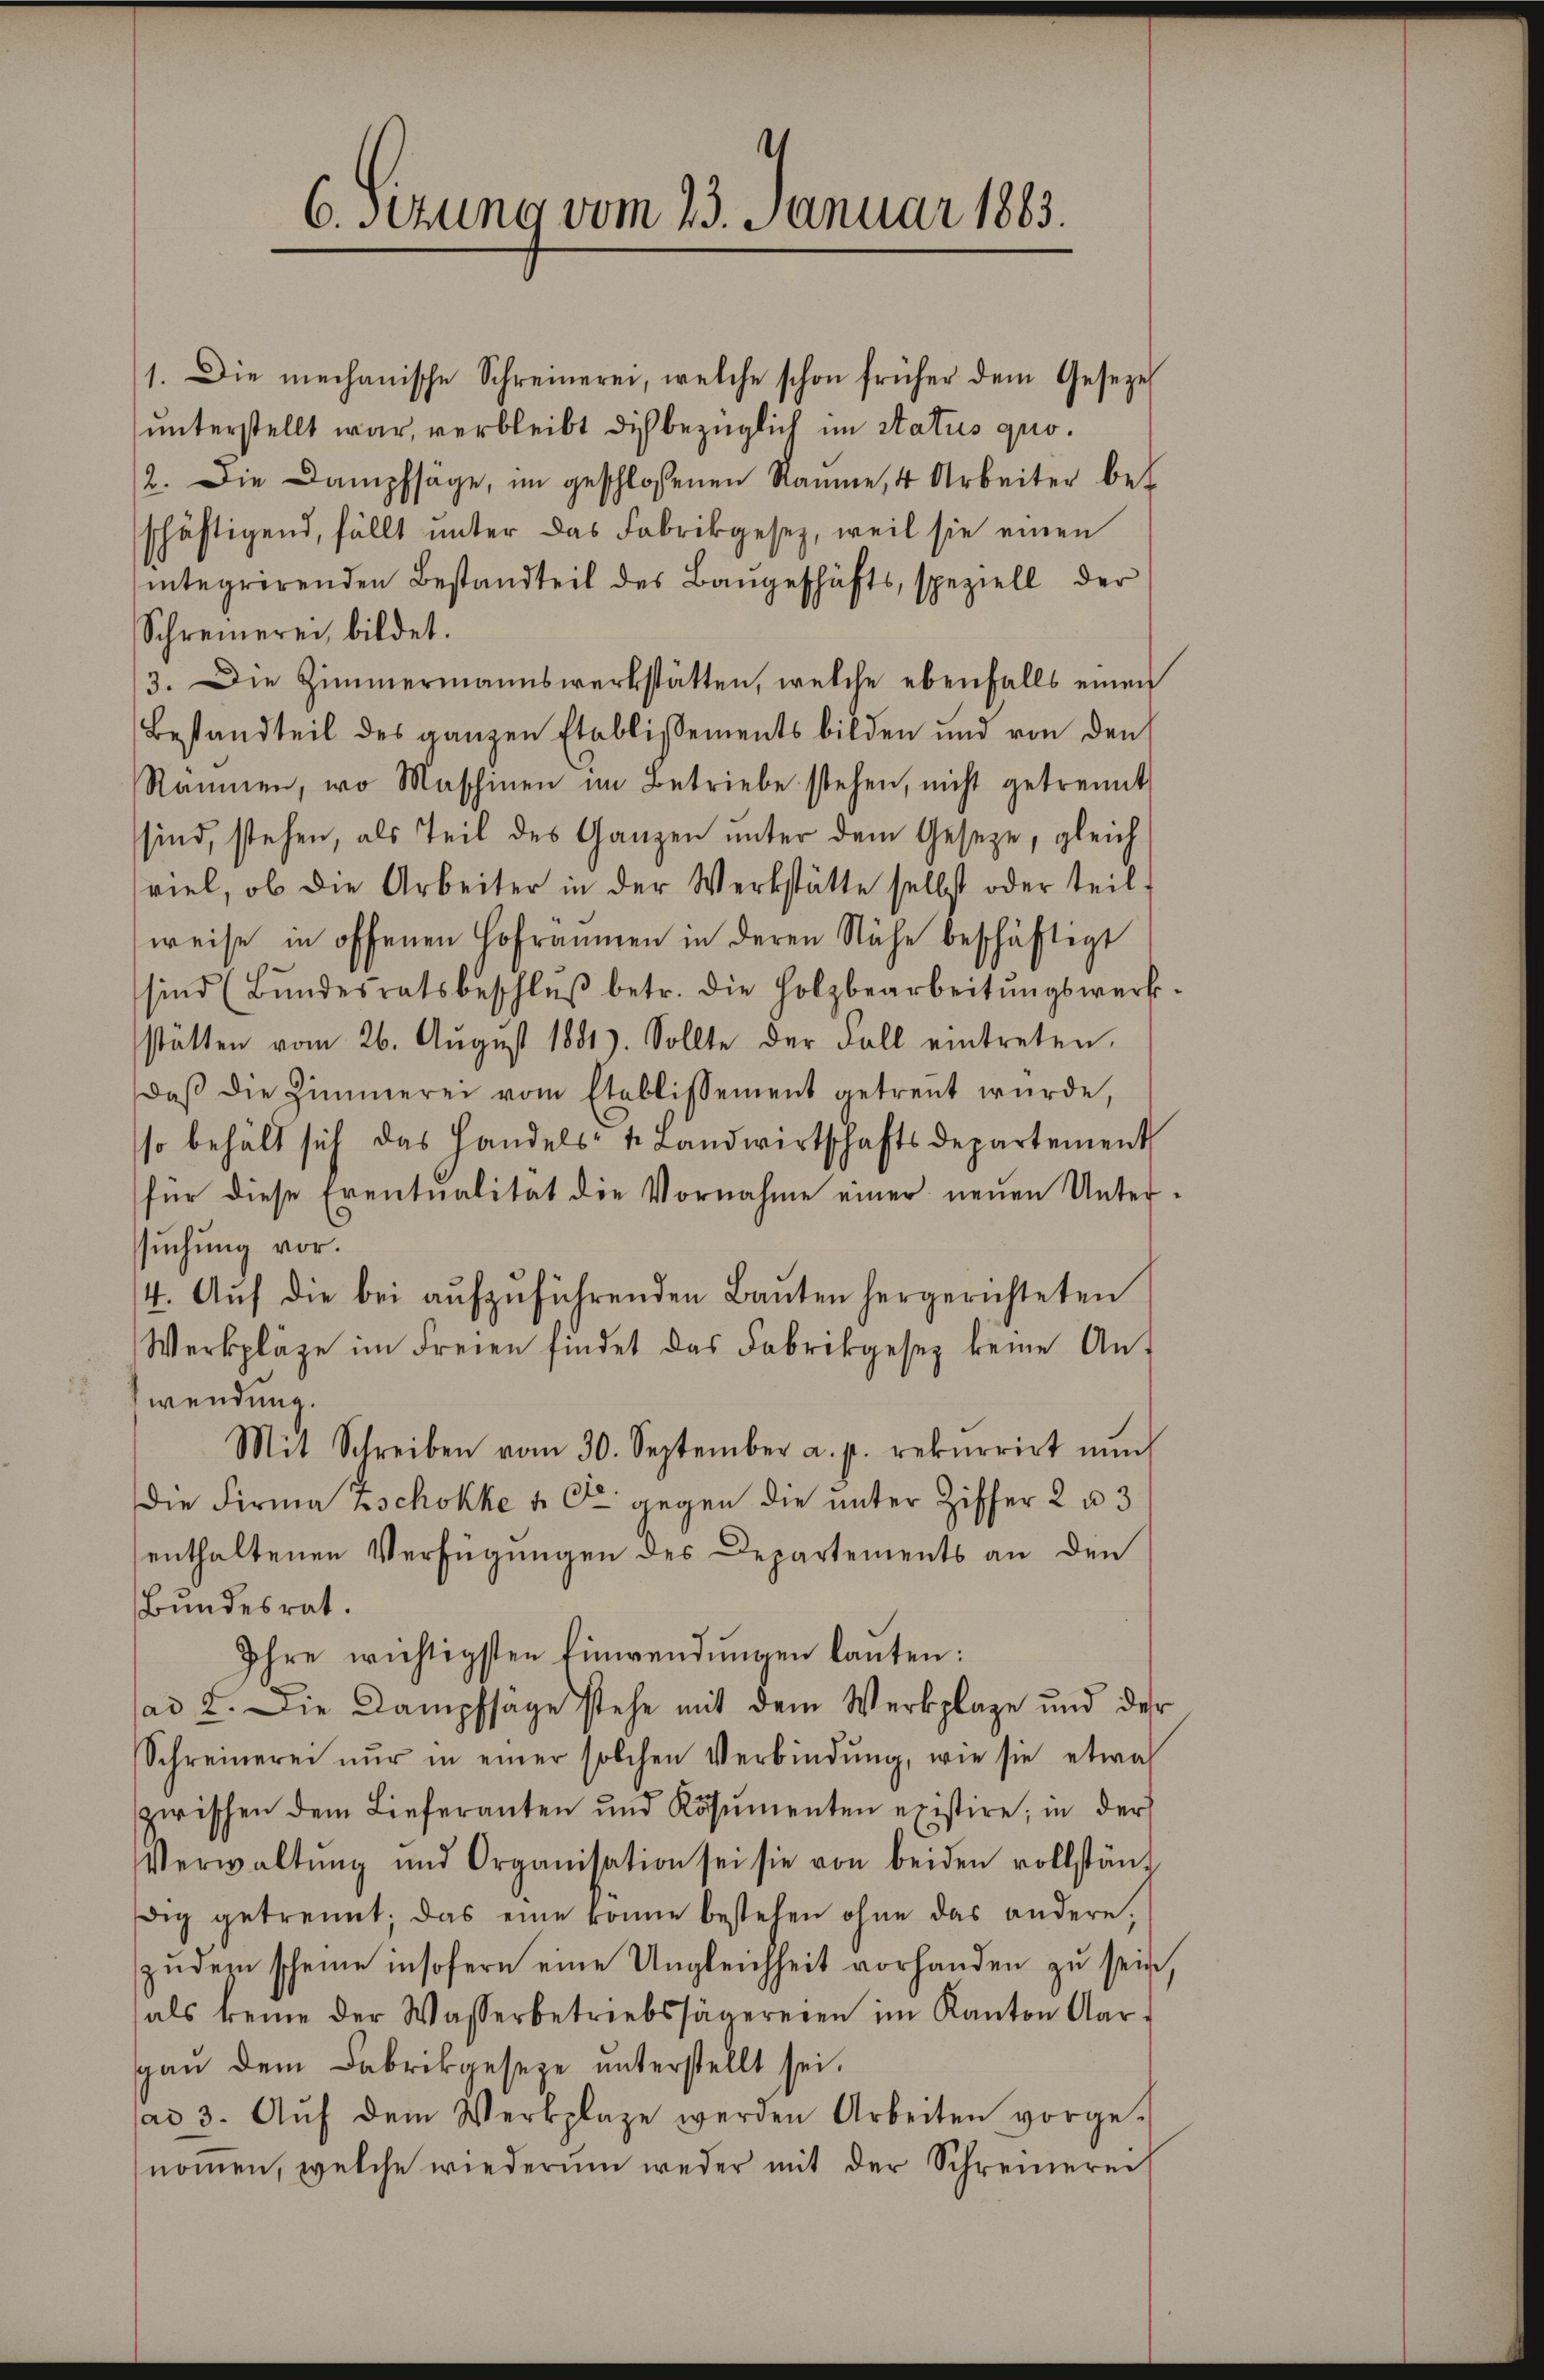
6. Setzung vom 23. Januar 1863.

1. Die mechanische Schreinerei, welche schon früher dem Geseze
unterstellt war, verbleibt dich bezüglich im Status quo¬
2. Die Dampfsäge, im geschlossenen Räume, 4 Arbeiter be-
schäftigend, fällt ŭnter das Fabrikgesetz, weil sie einen
integrirenden Bestandteil des Bangeschäfts, speziell der
Schreinerei, bildet.
3. Die Zimmermannswerkstätten, welche ebenfalls einen
Bestandteil des ganzen Etablissements bilden und von den
Räumen, wo Maschinen im Betriebe stehen, nicht getrennt
sind, stehen, als Teil des Ganzen unter dem Geseze, gleich
viel, ob die Arbeiter in der Werkstätte selbst oder teil.
weise in offenen Hofräumen in deren Nähe beschäftigt
sind (Bŭndesratsbeschlŭβ betr. die Holzbearbeitŭngswerk.
stätten vom 26. Aŭgust 1881). Sollte der Fall eintreten.
daβ die Zimmerei vom Etablissement getreṅt wŭrde,
so behält sich das Handels- u. Landwirtschaftsdepartement
für diese Eventualität die Vornahme einer neuen Unterssuchung vor.
(4. Aŭf die bei aŭfzŭführenden Baŭten hergerichteten
Werkpläge im Freien findet das Fabrikgesetz keine Anwendung.
Mit Schreiben vom 30. September a. p. rekurrirt nŭn
die Firma Eschokke & Cie gegen die unter Ziffer 2 u 3
enthaltenen Verfügungen des Departements an den
Bundesrat.
Ihre wichtigsten Einwendungen lauten:
ad 2. Die Dampfsage stehe mit dem Werkplage und der
Schreinerei nur in einer solchen Verbindung, wie sie etwas
zwischen dem Lieferanten und Kösŭmenten existire; in der
Verwaltŭng und Organisation sei sie von beiden vollständ-
dig getrennt, das eine könne bestehen ohne das andere,
zŭdem scheine insofern eine Ungleichheit vorhanden zŭ sein.
als keine der Wasserbetriebssägereien im Kanton Aar
gan dem Fabrikgeseze unterstellt sei.
ad 3. Aŭf dem Verkplaze werden Arbeiten vorge-
noṁen, welche wiederum weder mit der Schreinerei